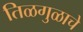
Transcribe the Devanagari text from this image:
तिळगुळाचे